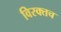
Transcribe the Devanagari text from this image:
विरक्तच